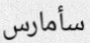
سأمارس